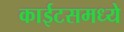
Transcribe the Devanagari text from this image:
काईटसमध्ये